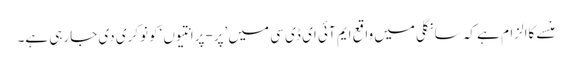
منسے کاالزام ہے کہ سانگلی میں واقع ایم آئی ای ڈی سی میں ’پر-پرانتیوں ‘کونوکری دی جارہی ہے۔